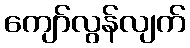
ကျော်လွန်လျက်